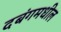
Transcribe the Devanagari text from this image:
दबंगमधील